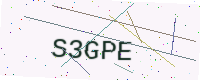
Text: S3GPE